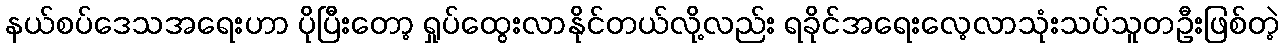
နယ်စပ်ဒေသအရေးဟာ ပိုပြီးတော့ ရှုပ်ထွေးလာနိုင်တယ်လို့လည်း ရခိုင်အရေးလေ့လာသုံးသပ်သူတဦးဖြစ်တဲ့